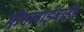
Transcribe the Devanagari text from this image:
मोगलाईबाहेर